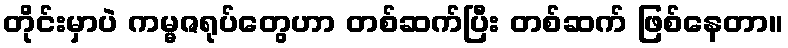
တိုင်းမှာပဲ ကမ္မဇရုပ်တွေဟာ တစ်ဆက်ပြီး တစ်ဆက် ဖြစ်နေတာ။